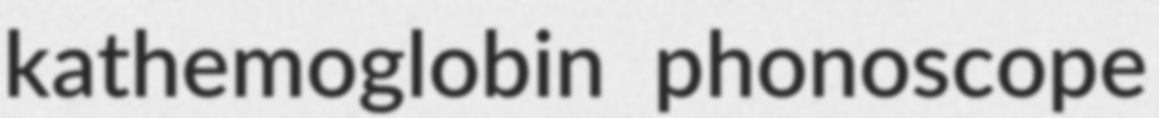
kathemoglobin phonoscope